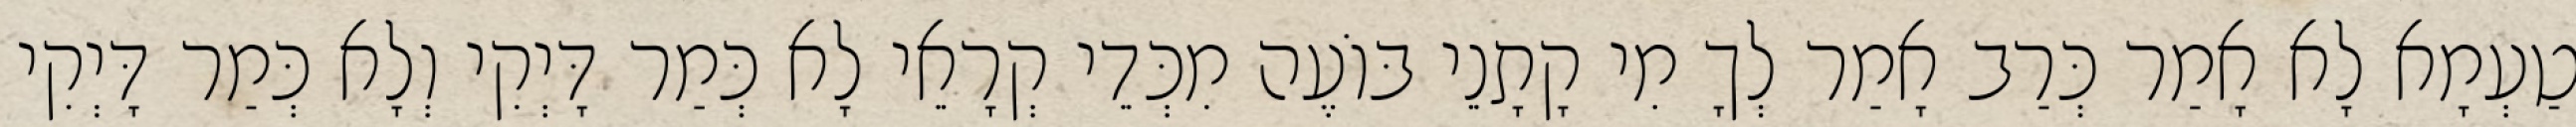
טַעְמָא לָא אָמַר כְּרַב אָמַר לְךָ מִי קָתָנֵי בּוֹעֶה מִכְּדֵי קְרָאֵי לָא כְּמַר דָּיְקִי וְלָא כְּמַר דָּיְקִי